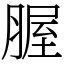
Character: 腛